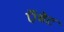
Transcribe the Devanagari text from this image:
ऍबेट